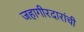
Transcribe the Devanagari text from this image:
जहागीरदारांची